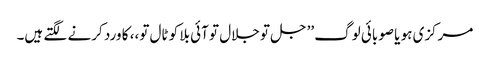
مرکزی ہو یا صوبائی لوگ ’’جل تو جلال تو آئی بلا کو ٹال تو،، کا ورد کرنے لگتے ہیں۔